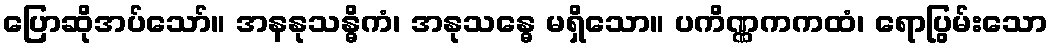
ပြောဆိုအပ်သော်။ အနနုသန္ဓိကံ၊ အနုသန္ဓေ မရှိသော။ ပကိဏ္ဏကကထံ၊ ရောပြွမ်းသော